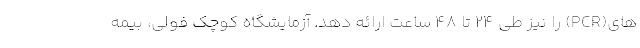
های(PCR) را نیز طی ۲۴ تا ۴۸ ساعت ارائه دهد. آزمایشگاه کوچک فولی، بیمه